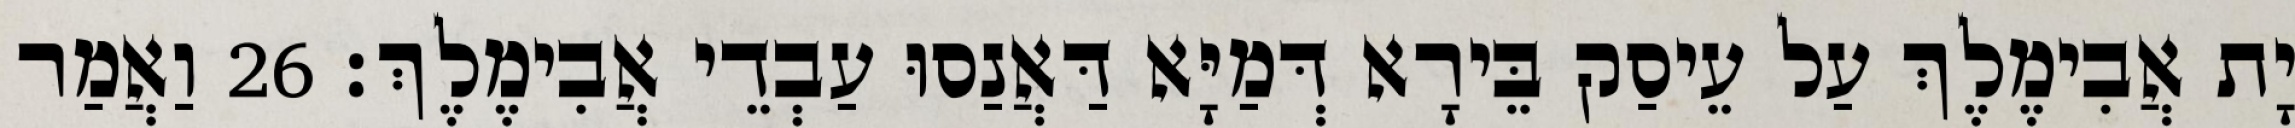
יָת אֲבִימֶלֶךְ עַל עֵיסַק בֵּירָא דְּמַיָּא דַּאֲנַסוּ עַבְדֵי אֲבִימֶלֶךְ׃ 26 וַאֲמַר